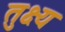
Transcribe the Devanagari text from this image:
तुक्ष्य